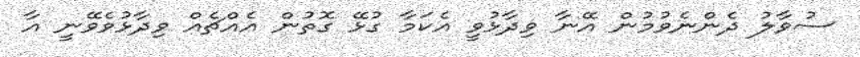
ސުވާލު ދެންނެވުމުން އޭނާ ވިދާޅުވީ އެކަމާ ގުޅޭ ގޮތުން އެއްޗެއް ވިދާޅުވެވޭނީ އާ